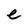
Character: e